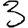
Digit: 3